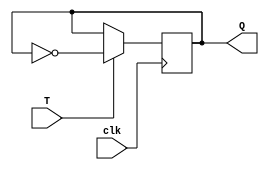
module T_FF (
    input wire clk,
    input wire T,
    output reg Q
);

always @(posedge clk) begin
    if (T == 1'b1)
        Q <= ~Q; // toggle the output
    else
        Q <= Q; // hold the output stable
end

endmodule